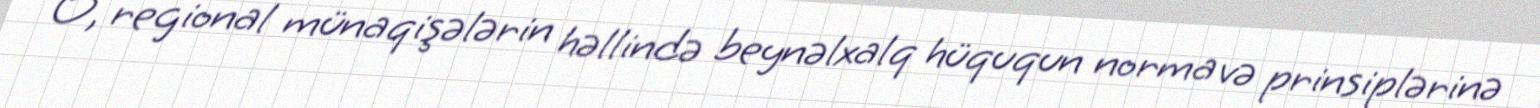
O, regional münaqişələrin həllində beynəlxalq hüququn norma və prinsiplərinə